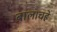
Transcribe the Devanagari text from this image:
बालाचह्रे